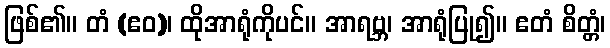
ဖြစ်၏။ တံ (ဧဝ)၊ ထိုအာရုံကိုပင်။ အာရဗ္ဘ၊ အာရုံပြု၍။ ဧတံ စိတ္တံ၊